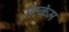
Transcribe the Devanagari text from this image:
मॅल्कॅम